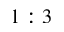
1 : 3